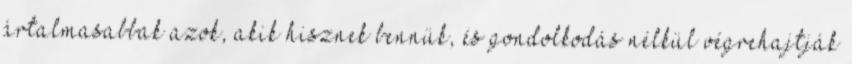
ártalmasabbak azok, akik hisznek bennük, és gondolkodás nélkül végrehajtják